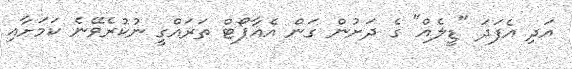
އަދި އެފަދަ "ޑީލެއް" ގެ ދަށުން ގަން އެއާޕޯޓް ތަރައްގީ ނުކުރެވޭނެ ކަމަށާއި